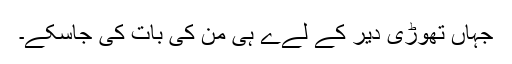
جہاں تھوڑی دیر کے لےے ہی من کی بات کی جاسکے۔